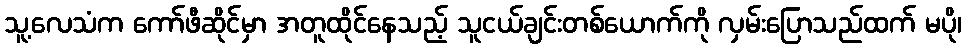
သူ့လေသံက ကော်ဖီဆိုင်မှာ အတူထိုင်နေသည့် သူငယ်ချင်းတစ်ယောက်ကို လှမ်းပြောသည်ထက် မပို၊